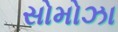
સોમોઝા